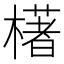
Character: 𣛰